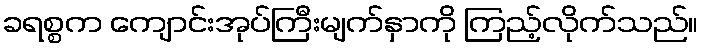
ခရစ္စက ကျောင်းအုပ်ကြီးမျက်နှာကို ကြည့်လိုက်သည်။